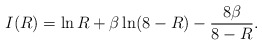
\begin{align*}I(R) = \ln R + \beta \ln (8 - R) - \frac{8 \beta}{8 - R}.\end{align*}